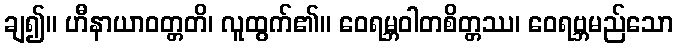
ချ၍။ ဟီနာယာဝတ္တတိ၊ လူထွက်၏။ ဝေရမ္ဘဝါတစိတ္တဿ၊ ဝေရဗ္ဘမည်သော